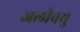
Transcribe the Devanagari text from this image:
जलीवयु